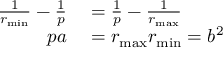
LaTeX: \begin{array} { r l } { { \frac { 1 } { r _ { \operatorname* { m i n } } } } - { \frac { 1 } { p } } } & { { } = { \frac { 1 } { p } } - { \frac { 1 } { r _ { \operatorname* { m a x } } } } } \\ { p a } & { { } = r _ { \operatorname* { m a x } } r _ { \operatorname* { m i n } } = b ^ { 2 } \, } \end{array}